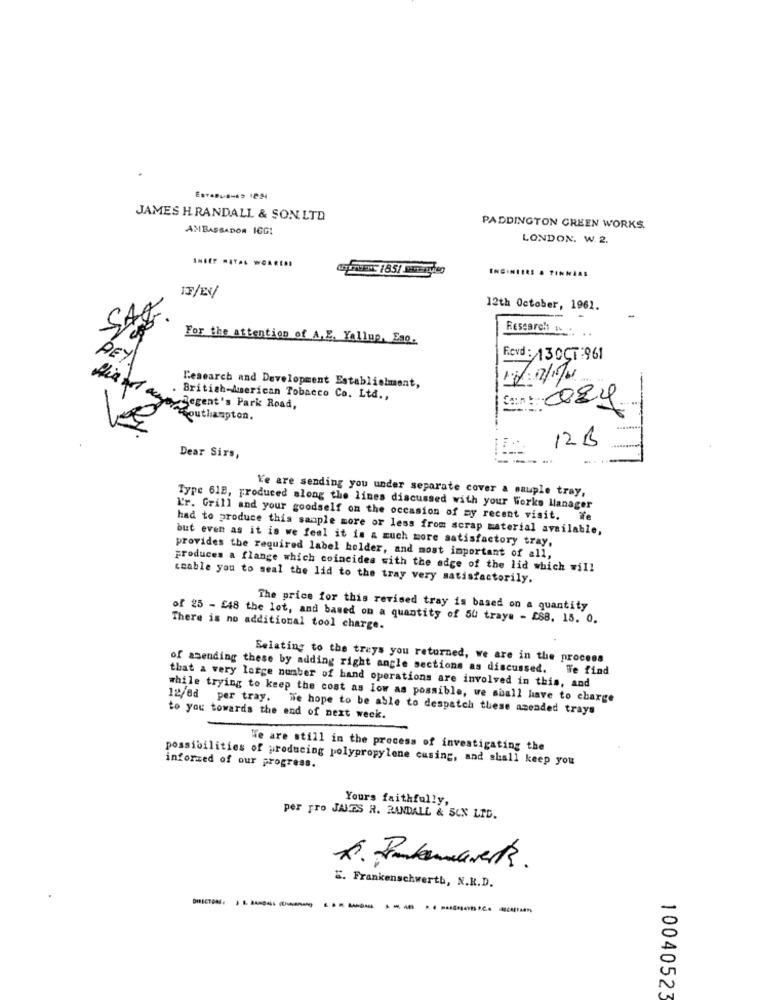
JAMES H RANDALL & SON. LTD
AMBASSADOR 1CG!
PADDINGTON CREEN WORKS.
LONDON. W. 2.
17/EN/
12th October, 1961.
SAS
Research w .. ..
For the attention of A, E, Yallup, Eso.
PEY
Revd: 130CT:961
Research and Development Establielment,
British-American Tobacco Co. Ltd .,
Sen : 024
Hin ol acam Regent's Park Road.
Southampton.
12 B
Dear Sirs,
Ye are sending you under separate cover a sauple tray,
Type 618, produced along the lines discussed with your Works Manager
L'r. Grill and your goodself on the occasion of my recent visit. ffe
had to produce this sample more or less from scrap material available,
but even as it is we feel it is a much more satisfactory tray,
provides the required label holder, and most important of all,
produces a flange which coincides with the edge of the lid which will
"cable you to seal the lid to the tray very satisfactorily.
The price for this revised tray is based on a quantity
of 25 - £48 the lot, and based on a quantity of 50 trays - ESB. 15. 0.
There is no additional tool charge.
Relating to the treys you returned, we are in the process
of amending these by adding right angle sections as discussed. We find
that a very large number of hand operations are involved in this, and
while trying to keep the cost as low as possible, we shall have to charge
12/0d per tray. We hope to be able to despatch these amended trays
to you towards the end of next week.
We are still in the process of investigating the
possibilities of producing polypropylene cusing, and shall keep you
inforzed of our progress.
Yours faithfully,
per pro JAKES H. RANDALL & SUN LID.
". Frankenschwerth, N.R.D.
DIRECTION: ------------ ..... -
10040523